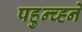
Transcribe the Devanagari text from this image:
पहुन्च्ह्ने